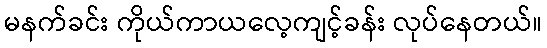
မနက်ခင်း ကိုယ်ကာယလေ့ကျင့်ခန်း လုပ်နေတယ်။